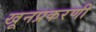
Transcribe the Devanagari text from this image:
खूनप्रकरणी